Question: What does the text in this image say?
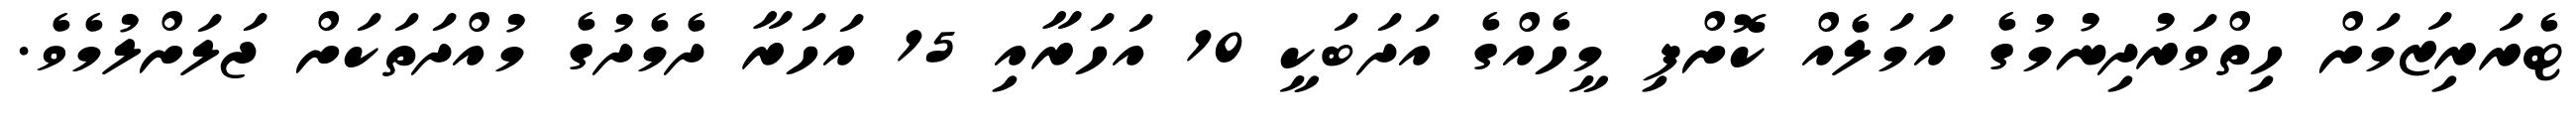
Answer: ޓެރަރިޒަމަށް ހިތްވަރުދިނުމުގެ އަމަލެއް ކޮށްފި މީހެއްގެ އަދަބަކީ 10 އަހަރާއި 15 އަހަރާ ދެމެދުގެ މުއްދަތަކަށް ޖަލަށްލުމެވެ.